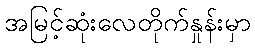
အမြင့်ဆုံးလေတိုက်နှုန်းမှာ